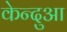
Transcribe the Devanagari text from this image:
केन्‍दुआ